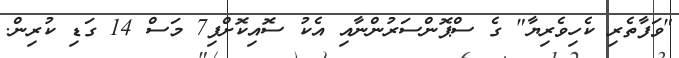
"ވަފާތެރި ކެހިވެރިޔާ" ގެ ސްޕޮންސަރުންނާއި އެކު ސޮއިކޮށްފި7 މަސް 14 ގަޑި ކުރިން.